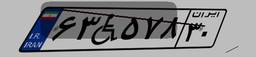
۶۳W۵۷۸۳۰